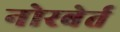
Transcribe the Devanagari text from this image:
नोरबेर्त